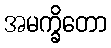
အမက္ခိတော